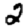
Digit: 2